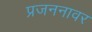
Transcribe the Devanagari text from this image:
प्रजननावर